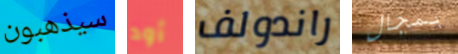
سيذهبون أود راندولف بمجال